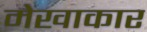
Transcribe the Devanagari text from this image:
मेखाकार